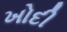
ખોદી